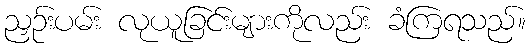
ညှဉ်းပမ်း လုယူခြင်းများကိုလည်း ခံကြရသည်။